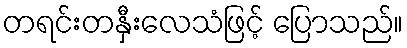
တရင်းတနှီးလေသံဖြင့် ပြောသည်။